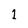
Character: 1